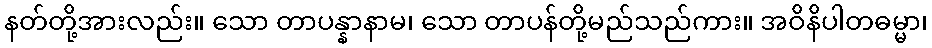
နတ်တို့အားလည်း။ သော တာပန္နာနာမ၊ သော တာပန်တို့မည်သည်ကား။ အဝိနိပါတဓမ္မာ၊